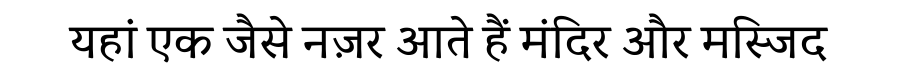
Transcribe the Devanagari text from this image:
यहां एक जैसे नज़र आते हैं मंदिर और मस्जिद